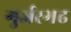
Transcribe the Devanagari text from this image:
गुर्जरगढ